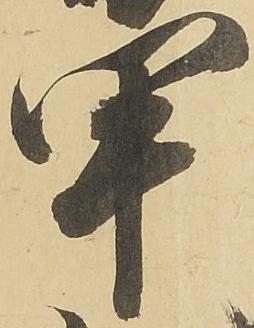
甲